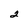
Character: 2